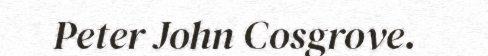
Peter John Cosgrove.